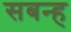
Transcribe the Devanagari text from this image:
सबन्ह